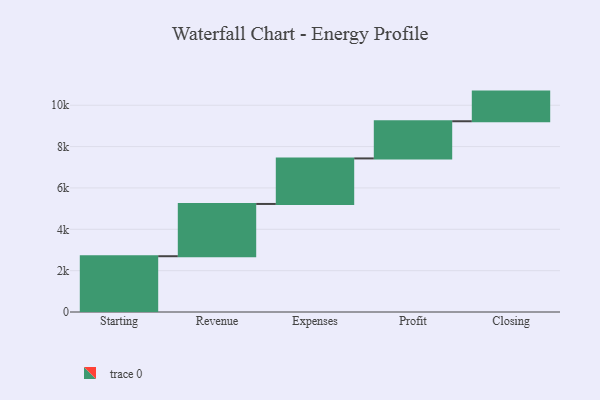
{"axis": {"x": "Step", "y": "Value"}, "legend": [""], "data": [{"x": "Starting", "y": 2698.0, "type": ""}, {"x": "Revenue", "y": 2528.0, "type": ""}, {"x": "Expenses", "y": 2203.0, "type": ""}, {"x": "Profit", "y": 1798.0, "type": ""}, {"x": "Closing", "y": 1434.0, "type": ""}]}